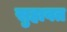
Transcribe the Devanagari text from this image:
सुहावत